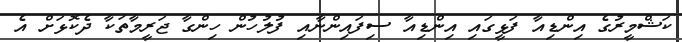
ކަޝްމީރުގެ އިންޑިއާ ފަޅީގައި އިންޑިއާ ސިފައިންނާއި ފުލުހުން ހިންގާ ޖަރީމާތަކާ ދެކޮޅަށް އެ